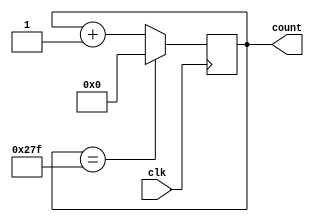
`timescale 1ns / 1ps
//////////////////////////////////////////////////////////////////////////////////
// Company: 
// Engineer: 
// 
// Design Name: 
// Module Name: TestWave_Gen
// Project Name: 
// Target Devices: 
// Tool Versions: 
// Description: 
// 
// Dependencies: 
// 
// Revision:
// Revision 0.01 - File Created
// Additional Comments:
// 
//////////////////////////////////////////////////////////////////////////////////

module TestWave_Gen(input clk, output reg[9:0] count = 0);
    always @(posedge clk) begin
        count <= (count==639) ? 0 : count+1;
    end

endmodule